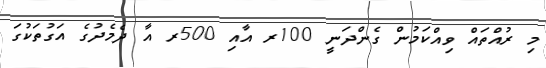
މި ރުއްތައް ވިއްކަމުން ގެންދަނީ 100ރ އާއި 500ރ އާ ދެމެދުގެ އަގުތަކުގަ